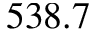
5 3 8 . 7